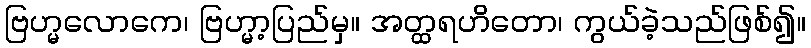
ဗြဟ္မလောကေ၊ ဗြဟ္မာ့ပြည်မှ။ အတ္ထရဟိတော၊ ကွယ်ခဲ့သည်ဖြစ်၍။